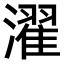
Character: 濯